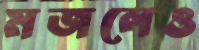
মজলেও